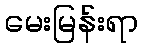
မေးမြန်းရာ